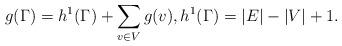
LaTeX: \begin{align*}g(\Gamma) = h^1(\Gamma)+\sum_{v\in V} g(v), h^1(\Gamma)=|E|-|V|+1.\end{align*}